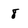
Character: 8